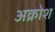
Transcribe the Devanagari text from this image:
अक्रोश